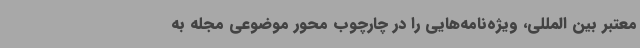
معتبر بین المللی، ویژه‌نامه‌هایی را در چارچوب محور موضوعی مجله به